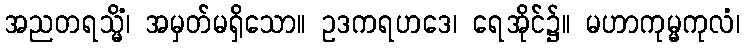
အညတရသ္မိံ၊ အမှတ်မရှိသော။ ဥဒကရဟဒေ၊ ရေအိုင်၌။ မဟာကုမ္မကုလံ၊